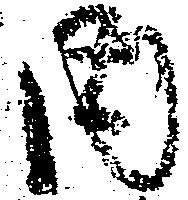
内